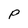
Character: P